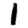
Digit: 1